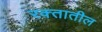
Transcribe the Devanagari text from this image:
रक्‍तातील